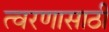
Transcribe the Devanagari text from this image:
त्वरणासाठी